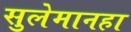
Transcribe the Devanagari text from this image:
सुलेमानहा